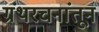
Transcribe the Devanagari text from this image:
ग्रंथरचनांतून